Medical and sanitary report of the native army of Bengal for the year
Year: 1878
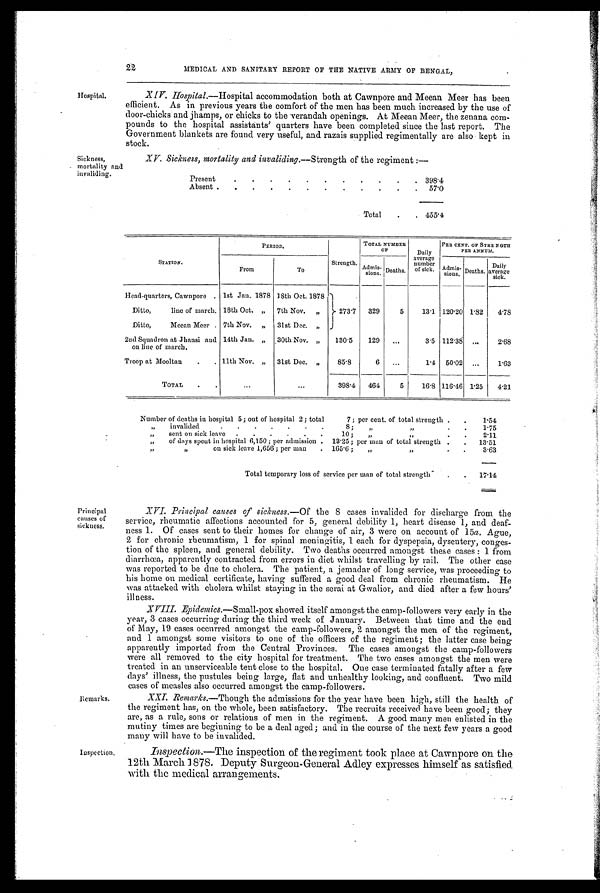
Hospital.
Sickness,
mortality and
invaliding.
22 MEDICAL AND SANITARY REPORT OF THE NATIVE ARMY OF BENGAL,
XIV. Hospital.—Hospital accommodation both at Cawnpore and Meean Meer has been
efficient. As in previous years the comfort of the men has been much increased by the use of
door-chicks and jhamps, or chicks to the verandah openings. At Meean Meer, the zenana com-
pounds to the hospital assistants' quarters have been completed since the last report. The
Government blankets are found very useful, and razais supplied regimentally are also kept in
stock.
XV. Sickness, mortality and invaliding. —Strength of the regiment :—
Present
.
. .
.
.
.
.
.
.
.
. 398.4
Absent . . . . .
. .
. .
.
.
57.0
Total
.
455.4
STATION.
PERIOD.
Strength.
TOTAL NUMBER
OF
Daily
average number
of sick.
PER CENT. OF STRENGTH
PER ANNUM.
From
To
Admis- sions. Deaths.
Admis- s i o n s . Deaths.
Daily
average sick.
Head-quarters, Cawnpore . 1st Jan. 1878 18th Oct. 1878
273.7 329
5
13.1 120.20 1.82 4.78
Ditto,
line of march. 18th Oct.
„
7th Nov. „
Ditto,
Meean Meer . 7th Nov.
„
31st Dec. „
2nd Squadron at Jhansi and
on line of march.
14th Jan. „ 30th Nov. „ 130.5 129 ...
3.5 112.38 . . .
2.68
Troop at Mooltan . . 11th Nov.
„
31st Dec. „
85.8
6
. . .
1.4 50.02 ...
1.63
TOTAL . .
...
...
398.4 464
5 16.8 116.46 1.25 4.21
Number of deaths in hospital 5; out of hospital 2; total
7; per cent. of total strength . .
1.54
„
invalided
. . . . . .
8;
„ „
. .
1.75
„
sent on sick leave . . . . . .
10; „
„
. .
2.11
„
of days spent in hospital 6,150; per admission . 13.25; per man of total strength . . 13.51
„ „
on sick leave 1,656 ; per man . 165.6 ; „
„
. .
3.63
Total temporary loss of service per man of total strength
. . 17.14
Principal
causes of
sickness.
Remarks.
Inspection.
XVI. Principal causes of sickness. —Of t h e 8 c a s e s i n v a l i d e d f o r d i s c h a r g e f r o m t h e
service, rheumatic affections accounted for 5, general debility 1, heart disease 1, and deaf-
ness 1. Of cases sent to their homes for change of air, 3 were on account of 15 a. Ague,
2 for chronic rheumatism, 1 for spinal meningitis, 1 each for dyspepsia, dysentery, conges-
tion of the spleen, and general debility. Two deaths occurred amongst these cases : 1 from
diarrhœa, apparently contracted from errors in diet whilst travelling by rail. The other case
was reported to be due to cholera. The patient, a jemadar of long service, was proceeding to
his home on medical certificate, having suffered a good deal from chronic rheumatism. He
was attacked with cholera whilst staying in the serai at Gwalior, and died after a few hours'
illness.
XVIII. Epidemics. —Small-pox showed itself amongst the camp-followers very early in the
year, 3 cases occurring during the third week of January. Between that time and the end
of May, 19 cases occurred amongst the camp-followers, 2 amongst the men of the regiment,
and 1 amongst some visitors to one of the officers of the regiment; the latter case being
apparently imported from the Central Provinces. The cases amongst the camp-followers
were all removed to the city hospital for treatment. The two cases amongst the men were
treated in an unserviceable tent close to the hospital. One case terminated fatally after a few
days' illness, the pustules being large, flat and unhealthy looking, and confluent. Two mild
cases of measles also occurred amongst the camp-followers.
XXI. Remarks. —Though the admissions for the year have been high, still the health of
the regiment has, on the whole, been satisfactory. The recruits received have been good; they
are, as a rule, sons or relations of men in the regiment. A good many men enlisted in the
mutiny times are beginning to be a deal aged; and in the course of the next few years a good
many will have to be invalided.
Inspection.—The inspection of the regiment took place at Cawnpore on the
12th March 1878. Deputy Surgeon-General Adley expresses himself as satisfied
with the medical arrangements.